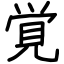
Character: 覚